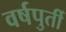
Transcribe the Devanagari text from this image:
वर्षपुर्ती